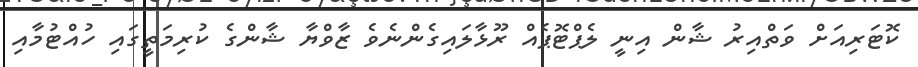
ކޮޓަރިއަށް ވަތްއިރު ޝާން އިނީ ލެޕްޓޮޕެއް ރޫޅާލައިގެންނެވެ ޒާވްޔާ ޝާންގެ ކުރިމަތީގައި ހުއްޓުމާއި